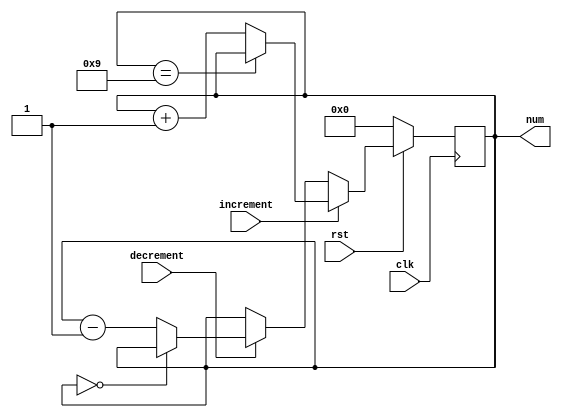
module Time_Scaling(rst,clk,increment,decrement,num);
input rst,clk;
input increment,decrement; // pulse inputs to increment or decrement 

output [3:0] num; // output to the digit timer
reg [3:0] num;

always @ (posedge clk) begin

  if (rst == 1'b0) begin 
   num<=4'd0; //default value 
  end  
  else begin 
   if (increment == 1'b1) begin
    if (num==4'd9) begin // loops back around after 9 
      //num<=4'd9; 
		end
    else  
     num<=num+1;
    end
 
   else begin
   if (decrement == 1'b1) begin
    if (num==4'd0) begin
  //   num<=4'd0;
    end
    else    
     num<=num-1;
   end 

   end 

 
end //rst else
   

end // always 
endmodule